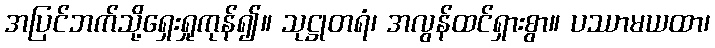
အပြင်ဘက်သို့ရှေးရှုကုန်၍။ သုဋ္ဌုတရံ၊ အလွန်ထင်ရှားစွာ။ ပဿာမယထာ၊